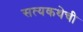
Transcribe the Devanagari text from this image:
सत्यकथेची